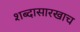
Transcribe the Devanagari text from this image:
शब्दासारखाच